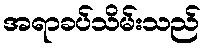
အရာခပ်သိမ်းသည်